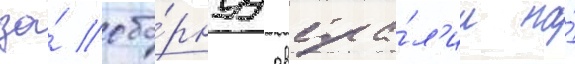
за́ сбо́рнуу австра́л'ии на́